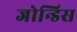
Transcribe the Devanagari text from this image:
जोन्डिस